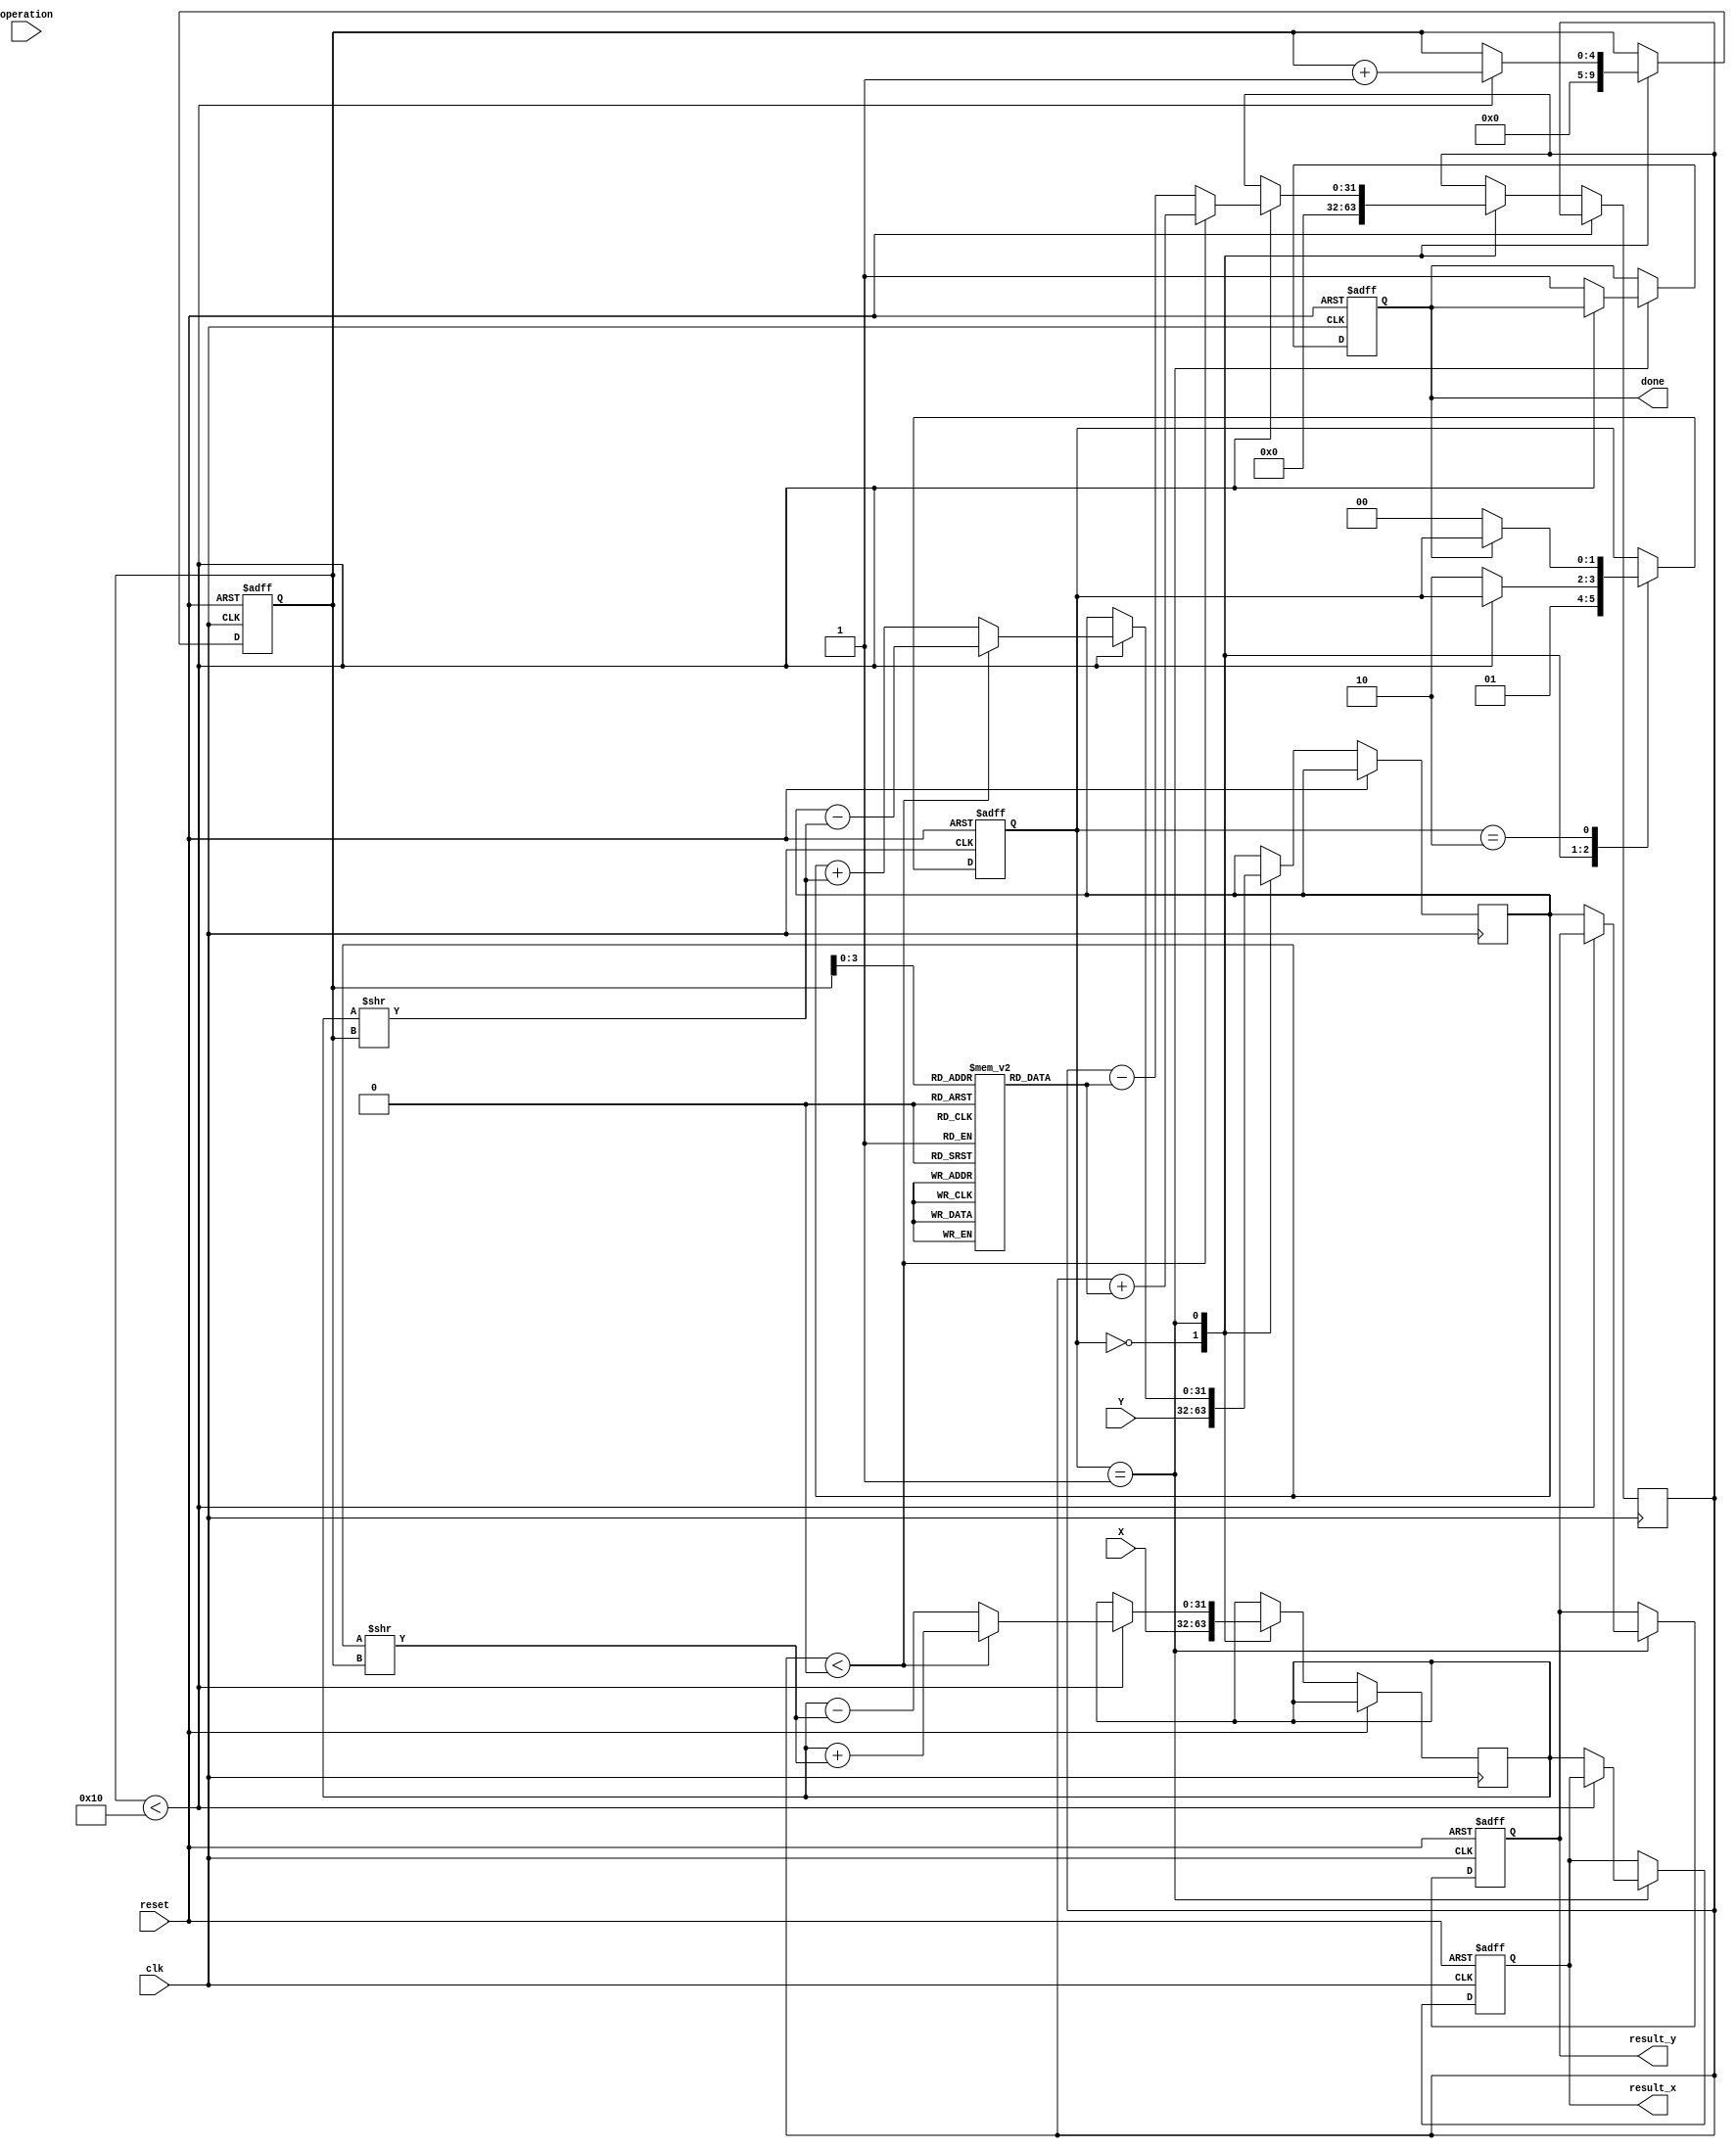
module cordic_fp (
    input wire clk,
    input wire reset,
    input wire [31:0] X, // Input X in IEEE 754 format
    input wire [31:0] Y, // Input Y in IEEE 754 format
    input wire [1:0] operation, // Operation selection: 00 - sine, 01 - cosine, 10 - tangent, 11 - vectoring
    output reg [31:0] result_x, // Output X in IEEE 754 format
    output reg [31:0] result_y, // Output Y in IEEE 754 format
    output reg done // Operation done signal
);
    // Constants
    parameter NUM_ITERATIONS = 16; // Number of CORDIC iterations
    reg [31:0] angle [0:NUM_ITERATIONS-1]; // Precomputed arctangent values
    reg [31:0] x_reg, y_reg, z_reg; // Registers for X, Y, and angle
    reg [4:0] iteration; // Iteration counter
    reg [1:0] state; // State machine for control logic

    // Initialize arctangent values (in radians)
    initial begin
        angle[0] = 32'h00000000; // atan(0)
        angle[1] = 32'h3F490FDB; // atan(1/2^1)
        angle[2] = 32'h3F22D0B5; // atan(1/2^2)
        angle[3] = 32'h3F0C9F8E; // atan(1/2^3)
        // Continue initializing for all iterations...
    end

    // State machine for CORDIC operation
    always @(posedge clk or posedge reset) begin
        if (reset) begin
            // Reset state
            iteration <= 0;
            state <= 0;
            done <= 0;
            result_x <= 0;
            result_y <= 0;
        end else begin
            case (state)
                0: begin
                    // Initialization
                    x_reg <= X;
                    y_reg <= Y;
                    z_reg <= 0; // Initialize angle
                    iteration <= 0;
                    state <= 1;
                end
                1: begin
                    // CORDIC Iteration
                    if (iteration < NUM_ITERATIONS) begin
                        // Perform rotation based on the current angle
                        if (z_reg < 0) begin
                            // Counter-clockwise rotation
                            x_reg <= x_reg + (y_reg >> iteration);
                            y_reg <= y_reg - (x_reg >> iteration);
                            z_reg <= z_reg + angle[iteration];
                        end else begin
                            // Clockwise rotation
                            x_reg <= x_reg - (y_reg >> iteration);
                            y_reg <= y_reg + (x_reg >> iteration);
                            z_reg <= z_reg - angle[iteration];
                        end
                        iteration <= iteration + 1;
                    end else begin
                        // Finished all iterations
                        result_x <= x_reg; // Store result
                        result_y <= y_reg; // Store result
                        done <= 1; // Signal completion
                        state <= 2; // Move to done state
                    end
                end
                2: begin
                    // Wait for next operation
                    if (!done) begin
                        state <= 0; // Reset state
                    end
                end
            endcase
        end
    end
endmodule